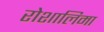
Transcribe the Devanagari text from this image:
रोशालिमा